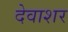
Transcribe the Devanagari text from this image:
देवाशर